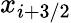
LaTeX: x_{i+3/2}